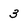
Character: 3